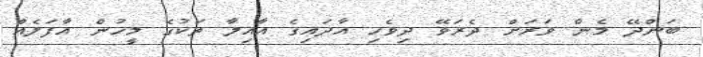
ބަންދޭ މެން ވަރަށް ދެރަވޭ ދިވެހި އާދައިގެ އާއިލާ ތަކުގެ މީހުން އާފަލެއް